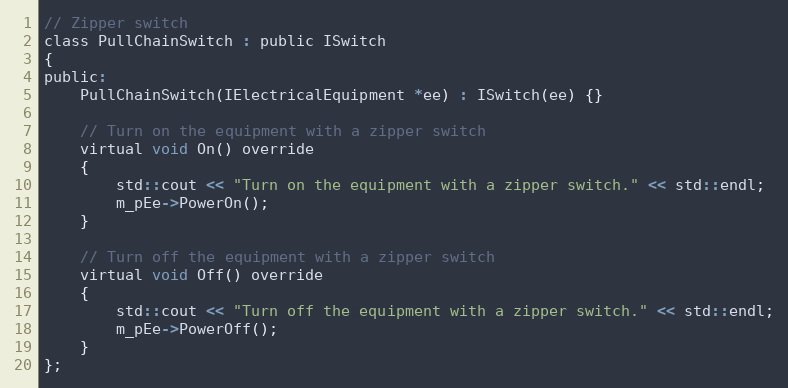
Language: C
// Zipper switch
class PullChainSwitch : public ISwitch
{
public:
    PullChainSwitch(IElectricalEquipment *ee) : ISwitch(ee) {}

    // Turn on the equipment with a zipper switch
    virtual void On() override
    {
        std::cout << "Turn on the equipment with a zipper switch." << std::endl;
        m_pEe->PowerOn();
    }

    // Turn off the equipment with a zipper switch
    virtual void Off() override
    {
        std::cout << "Turn off the equipment with a zipper switch." << std::endl;
        m_pEe->PowerOff();
    }
};